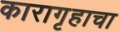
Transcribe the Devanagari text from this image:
कारागृहाचा